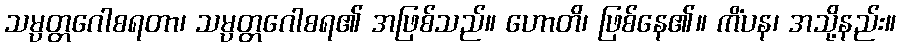
သမ္ပတ္တဂေါစရတာ၊ သမ္ပတ္တဂေါစရ၏ အဖြစ်သည်။ ဟောတိ၊ ဖြစ်နေ၏။ ကိံပန၊ အသို့နည်း။